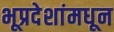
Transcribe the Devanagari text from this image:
भूप्रदेशांमधून